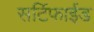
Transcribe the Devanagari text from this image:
सर्टिफाईड